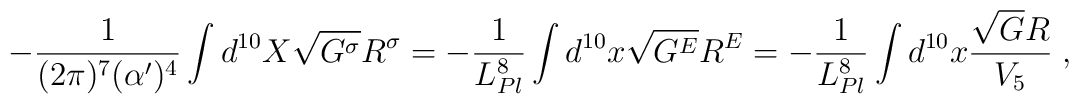
-\frac{1}{(2\pi)^7(\alpha^\prime)^4}\int d^{10}X\sqrt{G^\sigma}R^\sigma   = -\frac{1}{L_{Pl}^8}\int d^{10}x\sqrt{G^E}R^E   = -\frac{1}{L_{Pl}^8}\int d^{10}x\frac{\sqrt{G}R}{V_5} \; ,